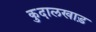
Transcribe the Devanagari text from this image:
कुदालखाड़